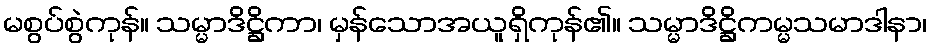
မစွပ်စွဲကုန်။ သမ္မာဒိဋ္ဌိကာ၊ မှန်သောအယူရှိကုန်၏။ သမ္မာဒိဋ္ဌိကမ္မသမာဒါနာ၊